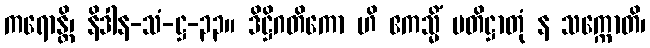
ကရောန္တိ၊ နိဒါန-သံ-ဋ္ဌ-၃၃။ ဒိဋ္ဌိဂတိကော ဟိ ဧကသ္မိံ ပတိဋ္ဌာတုံ န သက္ကောတိ၊